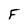
Character: F